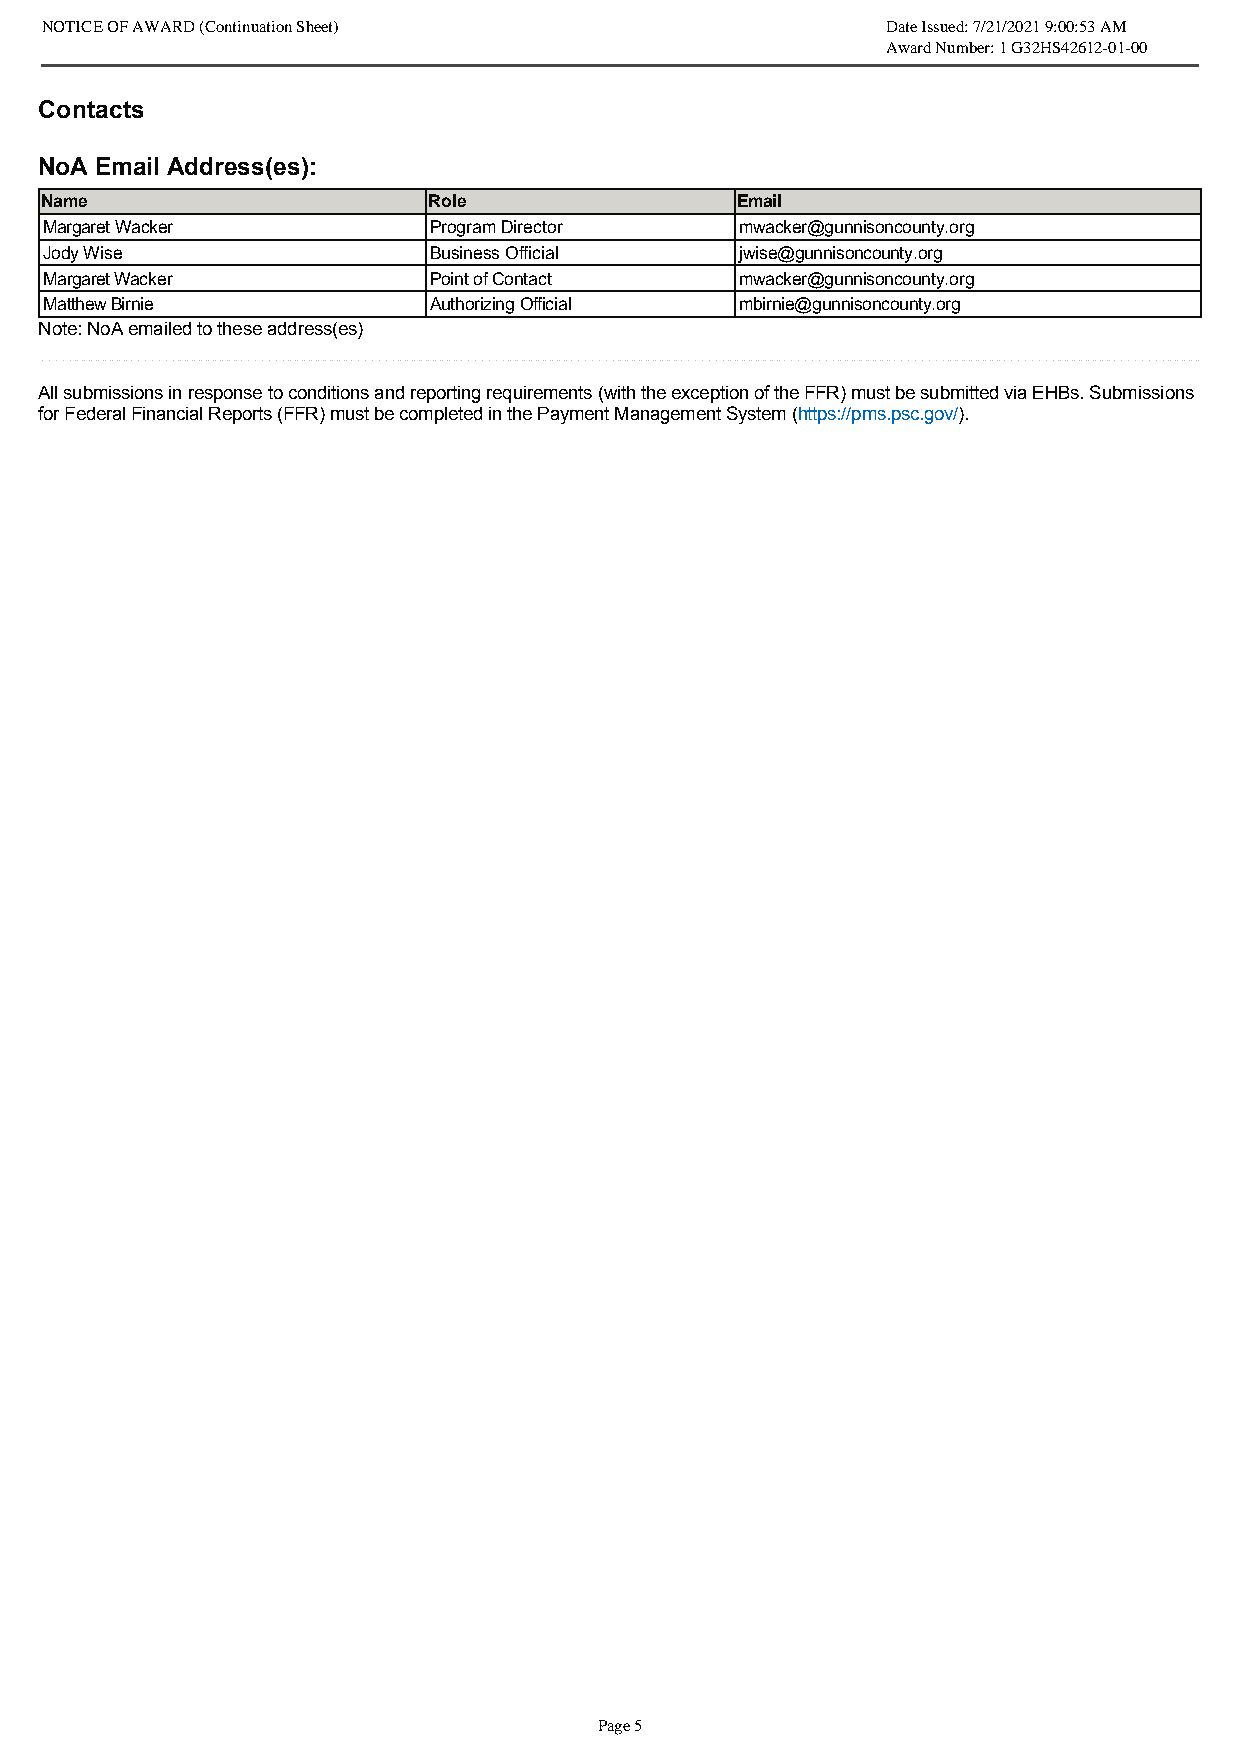
NOTICE OF AWARD (Continuation Sheet)                    Date Issued: 7/21/2021 9:00:53 AM
 Award Number: 1 G32HS42612-01-00
 Contacts
 NoA Email Address(es):
 Name                     Role                 Email
 Margaret Wacker          Program Director     mwacker@gunnisoncounty.org
 Jody Wise                Business Official    jwise@gunnisoncounty.org
 Margaret Wacker          Point of Contact     mwacker@gunnisoncounty.org
 Matthew Birnie           Authorizing Official mbirnie@gunnisoncounty.org
 Note: NoA emailed to these address(es)
 All submissions in response to conditions and reporting requirements (with the exception of the FFR) must be submitted via EHBs. Submissions
 for Federal Financial Reports (FFR) must be completed in the Payment Management System (https://pms.psc.gov/).
 Page 5